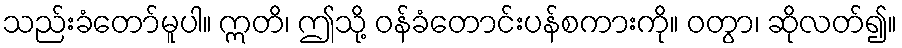
သည်းခံတော်မူပါ။ ဣတိ၊ ဤသို့ ဝန်ခံတောင်းပန်စကားကို။ ဝတွာ၊ ဆိုလတ်၍။